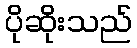
ပိုဆိုးသည်